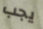
يجب